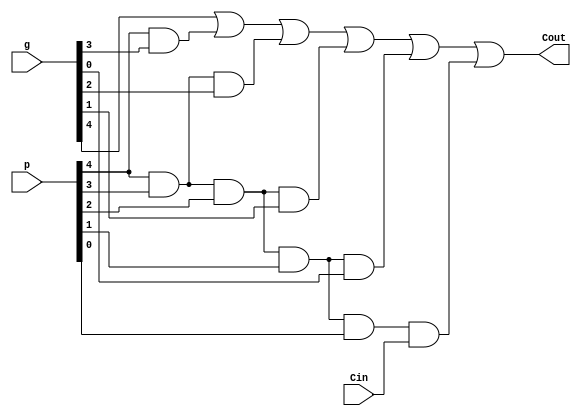
module Carry_Block_5(
    output Cout,
    input [5:0] p,
    input [5:0] g,
    input Cin
    );
assign Cout = g[4] | (p[4]&g[3])| (p[4]&p[3]&g[2]) | (p[4]&p[3]&p[2]&g[1]) | (p[4]&p[3]&p[2]&p[1]&g[0]) | (p[4]&p[3]&p[2]&p[1]&p[0]&Cin);


endmodule